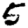
Digit: 5